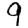
Digit: 9